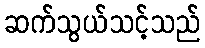
ဆက်သွယ်သင့်သည်